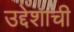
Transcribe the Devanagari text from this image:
उद्देशाची